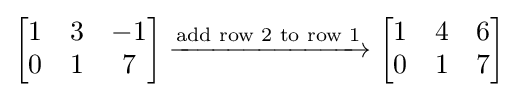
{\begin{bmatrix}1&3&-1\\0&1&7\\\end{bmatrix}}\xrightarrow {\text{add row 2 to row 1}} {\begin{bmatrix}1&4&6\\0&1&7\\\end{bmatrix}}